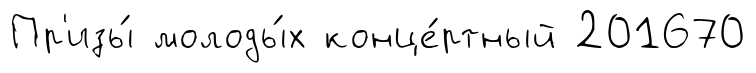
Пр'изы́ молоды́х конце́ртный 201670